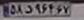
۵۸د۹۶۴۶۷